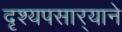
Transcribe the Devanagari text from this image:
दृश्यपसार्‍याने